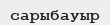
сарыбауыр